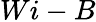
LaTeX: Wi-B